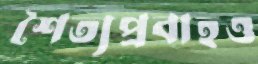
শৈত্যপ্রবাহও